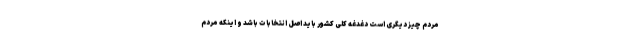
مردم چیز دیگری است دغدغه کلی کشور باید اصل انتخابات باشد و اینکه مردم